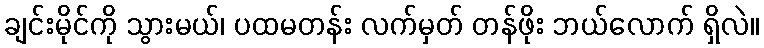
ချင်းမိုင်ကို သွားမယ်၊ ပထမတန်း လက်မှတ် တန်ဖိုး ဘယ်လောက် ရှိလဲ။